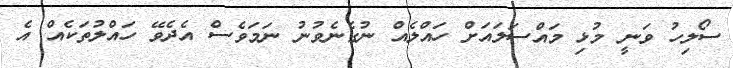
ސޯލިހު ވަނީ މުޅި މައްސަލައަށް ހައްލެއް ނުގެނެވުނު ނަމަވެސް އެދެވޭ ހައްލުތަކެއް އެ